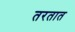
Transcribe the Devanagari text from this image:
तरतात